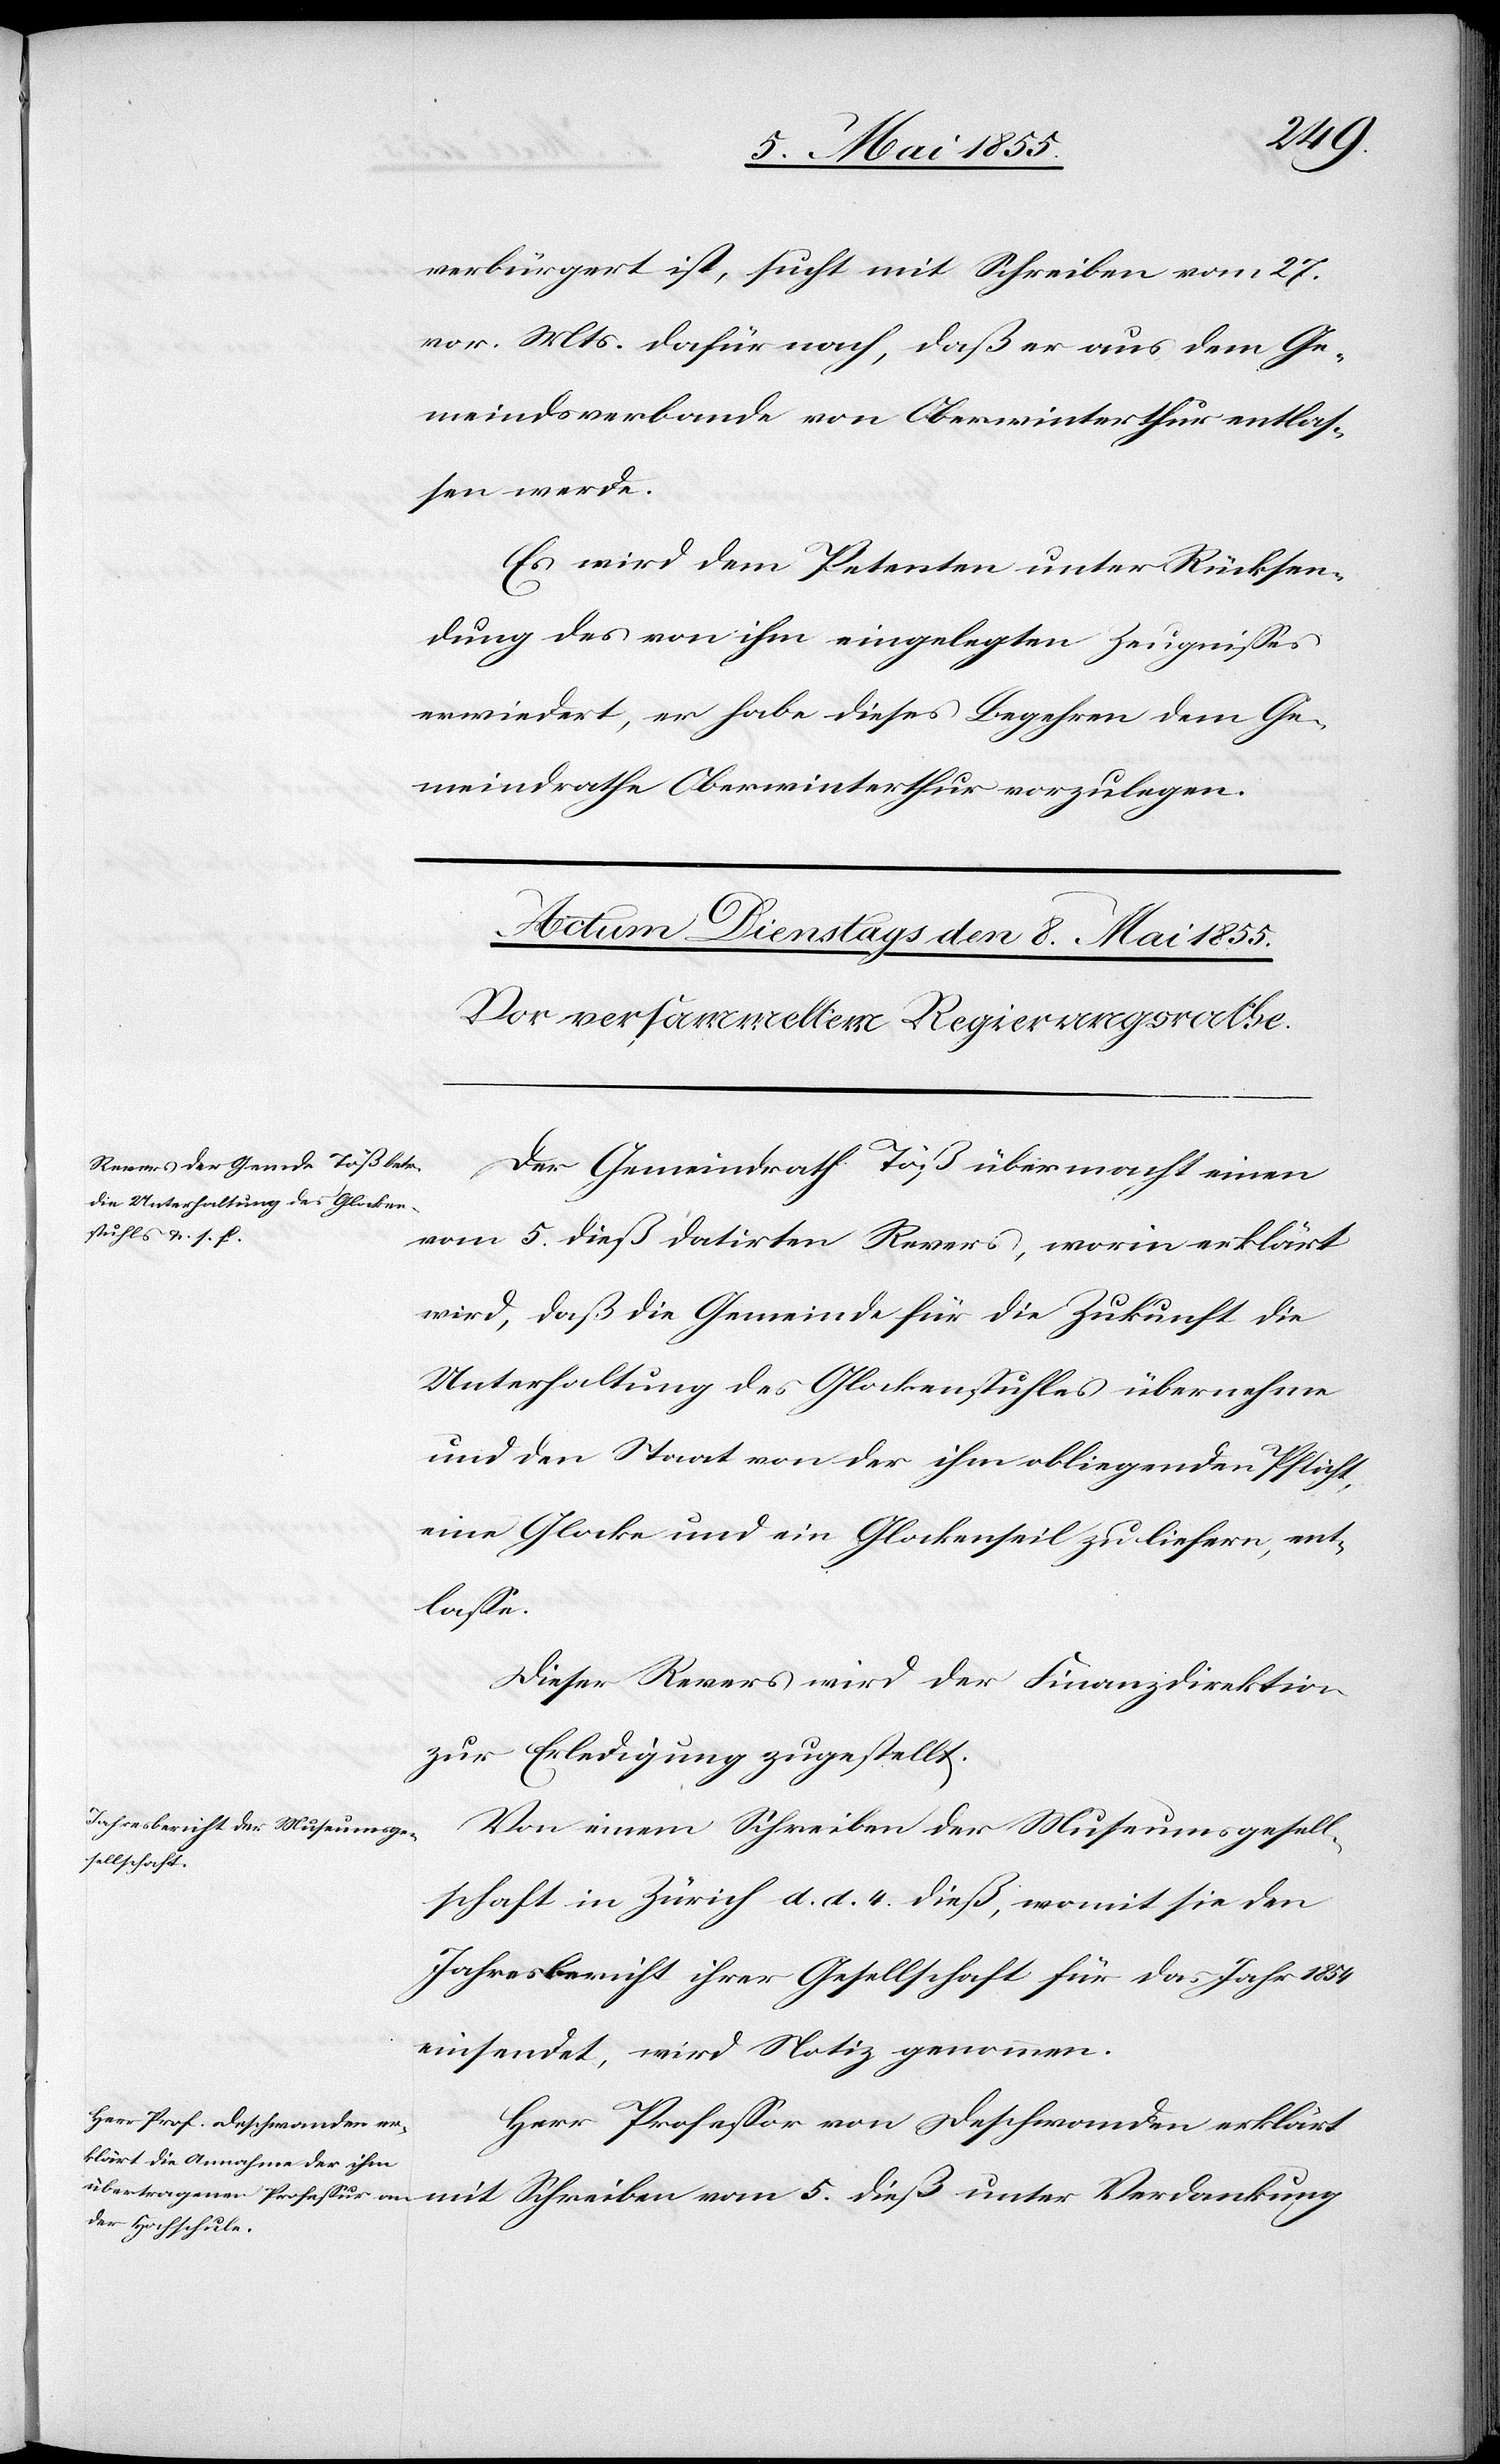
verbürgert ist, sucht mit Schreiben vom 27.
vor. Mts. dafür nach, daß er aus dem Ge¬
meindsverbande von Oberwinterthur entlas¬
sen werde.
Es wird dem Petenten unter Rücksen¬
dung des von ihm eingelegten Zeugnisses
erwiedert, er habe dieses Begehren dem Ge¬
meindrathe Oberwinterthur vorzulegen.
Der Gemeindrath Töß übermacht einen
vom 5. dieß datirten Revers, worin erklärt
wird, daß die Gemeinde für die Zukunft die
Unterhaltung des Glockenstuhles übernehme
und den Staat von der ihm obliegenden Pflicht,
eine Glocke und ein Glockenseil zu liefern, ent¬
lasse.
Dieser Revers wird der Finanzdirektion
zur Erledigung zugestellt.
Von einem Schreiben der Museumsgesell¬
schaft in Zürich d. d. 4. dieß, womit sie den
Jahresbericht ihrer Gesellschaft für das Jahr 1854
einsendet, wird Notiz genommen.
Herr Professor von Deschwanden erklärt
mit Schreiben vom 5. dieß unter Verdankung